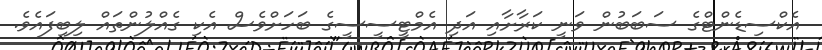
އެކްސިޑެންޓްގެ ސަބަބުން ވަނީ ކަރާށާއި އަދި އެމްޓީސީސީގެ ބަހަށްވެސް އެކި ގެއްލުންތައް ލިބިފައެވެ.